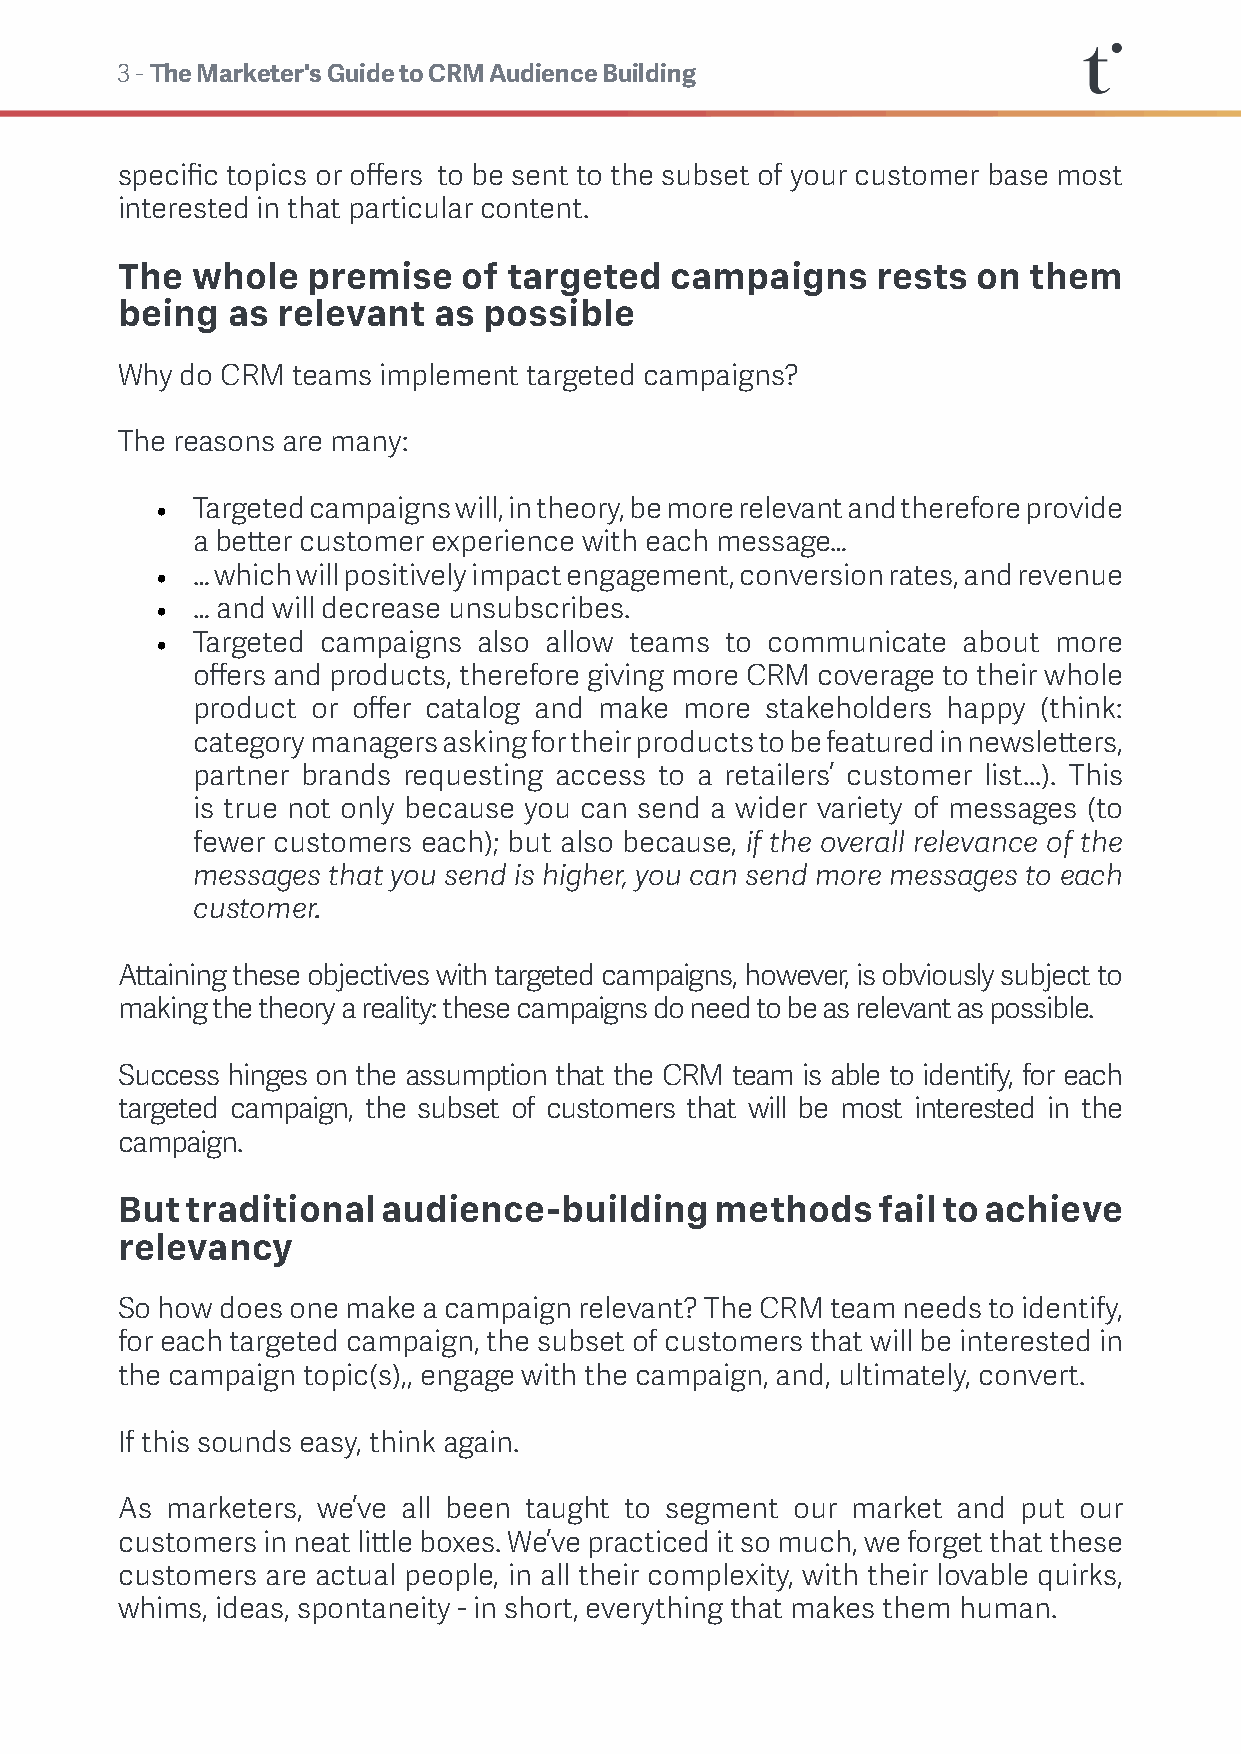
3 - The Marketer's Guide to CRM Audience Building
 specific topics or offers to be sent to the subset of your customer base most
 interested in that particular content.
 The  whole  premise    of targeted  campaigns     rests  on them
 being  as relevant   as possible
 Why do CRM teams implement targeted campaigns?
 The reasons are many:
 •  Targeted campaigns will, in theory, be more relevant and therefore provide
 a better customer experience with each message…
 •  … which will positively impact engagement, conversion rates, and revenue
 •  … and will decrease unsubscribes.
 •  Targeted campaigns also allow teams to communicate about more
 offers and products, therefore giving more CRM coverage to their whole
 product or offer catalog and make more stakeholders happy (think:
 category managers asking for their products to be featured in newsletters,
 partner brands requesting access to a retailers’ customer list...). This
 is true not only because you can send a wider variety of messages (to
 fewer customers each); but also because, if the overall relevance of the
 messages that you send is higher, you can send more messages to each
 customer.
 Attaining these objectives with targeted campaigns, however, is obviously subject to
 making the theory a reality: these campaigns do need to be as relevant as possible.
 Success hinges on the assumption that the CRM team is able to identify, for each
 targeted campaign, the subset of customers that will be most interested in the
 campaign.
 But traditional  audience-building     methods    fail to achieve
 relevancy
 So how does one make a campaign relevant? The CRM team needs to identify,
 for each targeted campaign, the subset of customers that will be interested in
 the campaign topic(s),, engage with the campaign, and, ultimately, convert.
 If this sounds easy, think again.
 As marketers, we’ve all been taught to segment our market and put our
 customers in neat little boxes. We’ve practiced it so much, we forget that these
 customers are actual people, in all their complexity, with their lovable quirks,
 whims, ideas, spontaneity - in short, everything that makes them human.